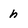
Character: h